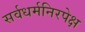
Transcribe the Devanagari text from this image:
सर्वधर्मनिरपेक्ष